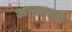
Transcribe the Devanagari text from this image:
अन्नानना